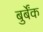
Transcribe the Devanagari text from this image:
बुर्बेंक